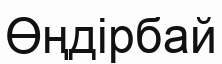
Өңдірбай